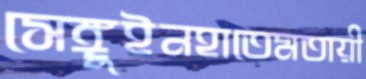
সেঙ্গুইনহাতেমতায়ী